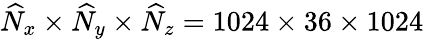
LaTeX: \widehat{N}_{x}\times\widehat{N}_{y}\times\widehat{N}_{z}=1024\times 36\times 1024